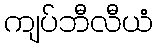
ကျပ်ဘီလီယံ